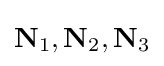
{\textstyle \mathbf {N} _{1},\mathbf {N} _{2},\mathbf {N} _{3}}